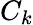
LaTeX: C_{k}